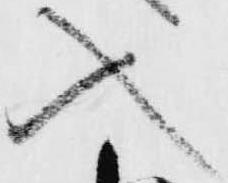
入